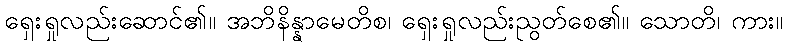
ရှေးရှုလည်းဆောင်၏။ အဘိနိန္နာမေတိစ၊ ရှေးရှုလည်းညွတ်စေ၏။ သောတိ၊ ကား။